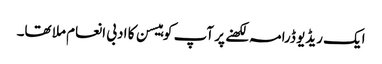
ایک ریڈیو ڈرامہ لکھنے پر آپ کو ہیسن کا ادبی انعام ملا تھا۔